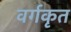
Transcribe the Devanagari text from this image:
वर्गकृत